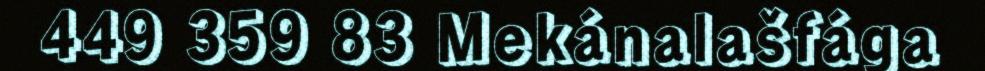
449 359 83 Mekánalašfága